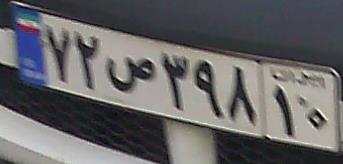
۷۲ص۳۹۸۱۰